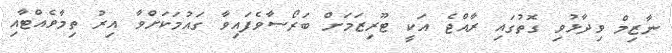
ނާޒިމް ވިދާޅުވި ގޮތުގައި ރާއްޖެ އަކީ ޓޫރިޒަމަށް ބަރޯސާވެފައިވާ ގައުމަކަށްވާ އިރު ތިމާވެއްޓާއި